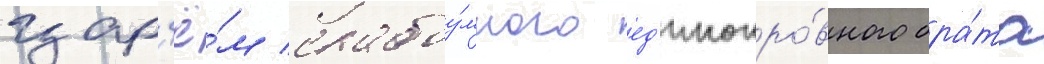
цар'ё́м слабоу́много ед'инокро́вного бра́та